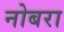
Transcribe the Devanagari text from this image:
नोबरा